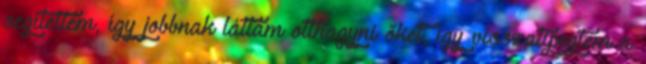
segítettem, így jobbnak láttam otthagyni õket, így visszatipegtem a